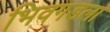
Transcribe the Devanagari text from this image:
भिवगडला